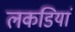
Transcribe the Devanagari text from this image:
लकडियां